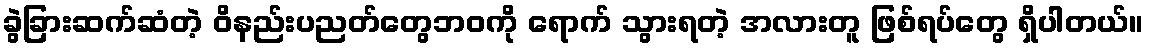
ခွဲခြားဆက်ဆံတဲ့ ဝိနည်းပညတ်တွေဘဝကို ရောက် သွားရတဲ့ အလားတူ ဖြစ်ရပ်တွေ ရှိပါတယ်။